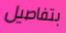
بتفاصيل